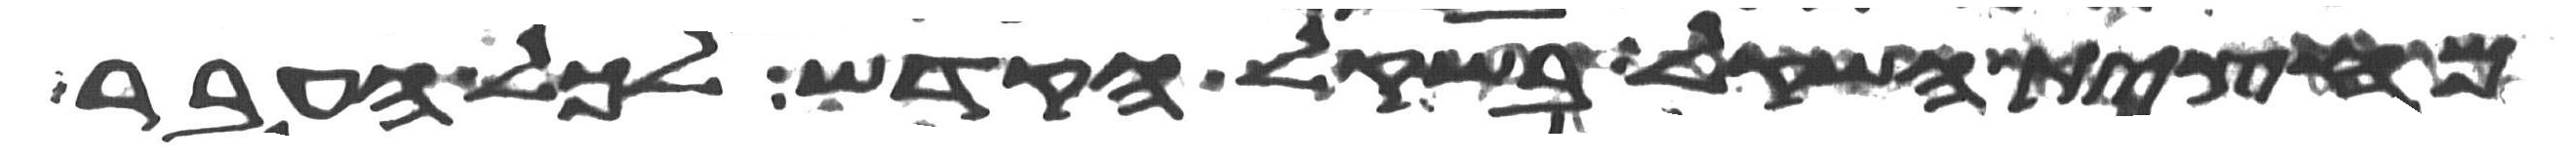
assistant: מחצית השקל בשקל הקדש לכל העבר